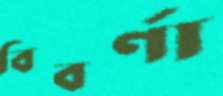
বিবর্ণা